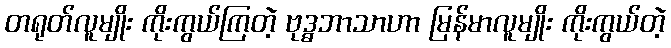
တရုတ်လူမျိုး ကိုးကွယ်ကြတဲ့ ဗုဒ္ဓဘာသာဟာ မြန်မာလူမျိုး ကိုးကွယ်တဲ့